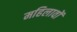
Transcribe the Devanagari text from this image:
महिलावों